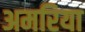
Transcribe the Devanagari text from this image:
अमरिया